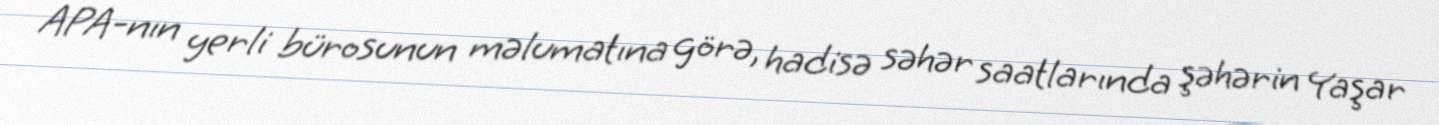
APA-nın yerli bürosunun məlumatına görə, hadisə səhər saatlarında şəhərin Yaşar